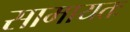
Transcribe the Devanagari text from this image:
सामायतः